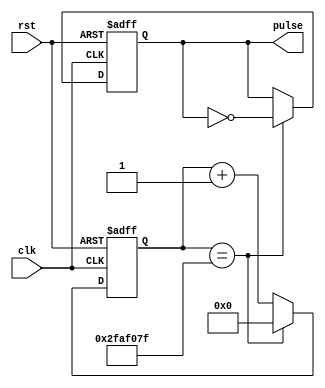
module PulseGenerator (
    input wire clk,
    input wire rst,
    output wire pulse
);

reg [31:0] counter;
reg pulse_reg;

always @ (posedge clk or posedge rst) begin
    if (rst) begin
        counter <= 32'd0;
        pulse_reg <= 1'b0;
    end else begin
        if (counter == 32'd49999999) begin
            counter <= 32'd0;
            pulse_reg <= ~pulse_reg;
        end else begin
            counter <= counter + 1;
        end
    end
end

assign pulse = pulse_reg;

endmodule